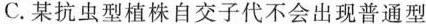
C.某抗虫型植株自交子代不会出现普通型